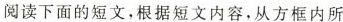
阅读下面的短文，根据短文内容，从方框内所